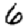
Digit: 6